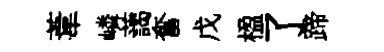
葦嶙藹奮戊楹了蹄